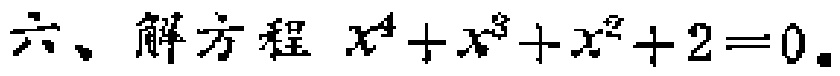
六、解方程 \(x^{4}+x^{3}+x^{2}+2 = 0\)。